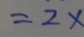
= 2 x